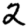
Digit: 2